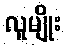
လူမျိုး